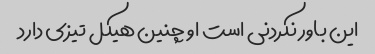
این باور نکردنی است او چنین هیکل تیزی دارد